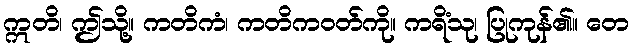
ဣတိ၊ ဤသို့။ ကတိကံ၊ ကတိကဝတ်ကို။ ကရိံသု၊ ပြုကုန်၏။ တေ